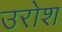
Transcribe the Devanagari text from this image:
उरोश